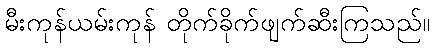
မီးကုန်ယမ်းကုန် တိုက်ခိုက်ဖျက်ဆီးကြသည်။